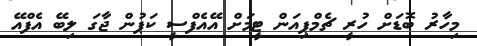
މިހާރު ބޮޑަށް ހުރީ ޗެމްޕިއަން ޓީމަށް އޭއެފްސީ ކަޕުން ޖާގަ ލިބޭ އެފްއޭ